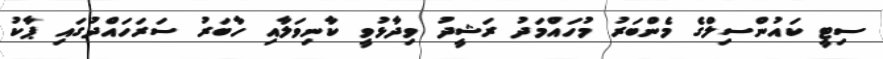
ސިޓީ ކައުންސިލްގެ މެންބަރު މުހައްމަދު ރަޝީދު ވިދާޅުވީ ކާނިވަލާއި ހާބަރު ސަރަހައްދުގައި ޕާކު